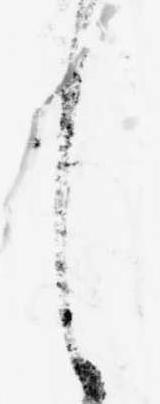
し